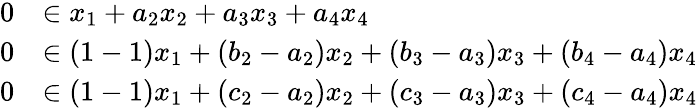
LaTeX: \begin{array}{rl}{0}&{\in x_{1}+a_{2}x_{2}+a_{3}x_{3}+a_{4}x_{4}}\\ {0}&{\in(1-1)x_{1}+(b_{2}-a_{2})x_{2}+(b_{3}-a_{3})x_{3}+(b_{4}-a_{4})x_{4}}\\ {0}&{\in(1-1)x_{1}+(c_{2}-a_{2})x_{2}+(c_{3}-a_{3})x_{3}+(c_{4}-a_{4})x_{4}}\end{array}